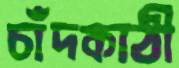
চাঁদকাঠী